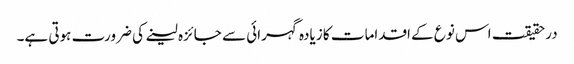
درحقیقت اس نوع کے اقدامات کا زیادہ گہرائی سے جائزہ لینے کی ضرورت ہوتی ہے۔